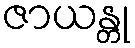
ဇာယန္တု